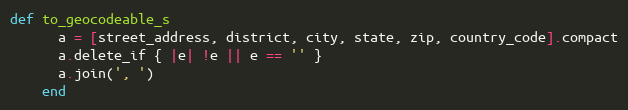
Language: Ruby
def to_geocodeable_s
      a = [street_address, district, city, state, zip, country_code].compact
      a.delete_if { |e| !e || e == '' }
      a.join(', ')
    end